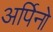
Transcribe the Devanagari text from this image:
अर्पिनो